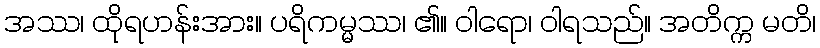
အဿ၊ ထိုရဟန်းအား။ ပရိကမ္မဿ၊ ၏။ ဝါရော၊ ဝါရသည်။ အတိက္က မတိ၊